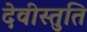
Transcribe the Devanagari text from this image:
देवीस्तुति